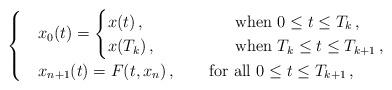
LaTeX: \begin{align*}\begin{cases}& x_0(t)=\begin{cases}x(t)\,, &\qquad\qquad \hbox{when $0\le t\le T_k$}\,, \\x(T_k)\,, &\qquad\qquad \hbox{when $T_k \le t\le T_{k+1}$} \,, \end{cases} \\& x_{n+1}(t)=F(t, x_n)\,, \qquad \hbox{for all $0\le t\le T_{k+1}$} \,, \end{cases}\end{align*}